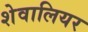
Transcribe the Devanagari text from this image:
शेवालियर